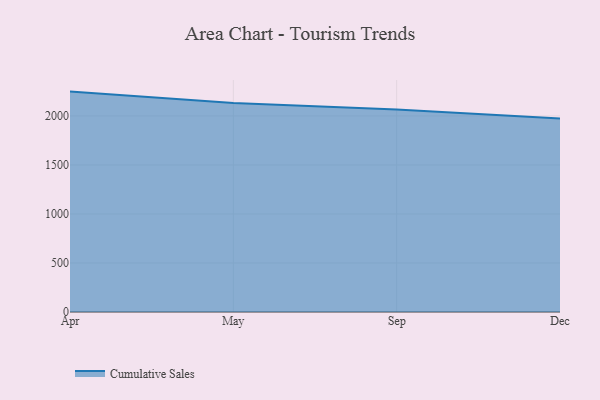
{"axis": {"x": "Month", "y": "Headcount"}, "legend": ["Cumulative Sales"], "data": [{"x": "Apr", "y": 2248.3, "type": "Cumulative Sales"}, {"x": "May", "y": 2132.8, "type": "Cumulative Sales"}, {"x": "Sep", "y": 2066.0, "type": "Cumulative Sales"}, {"x": "Dec", "y": 1973.3, "type": "Cumulative Sales"}]}